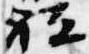
祗